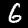
Digit: 6